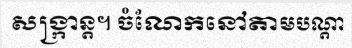
សង្ក្រាន្ត។ ចំណែកនៅតាមបណ្តា